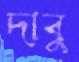
দাবু